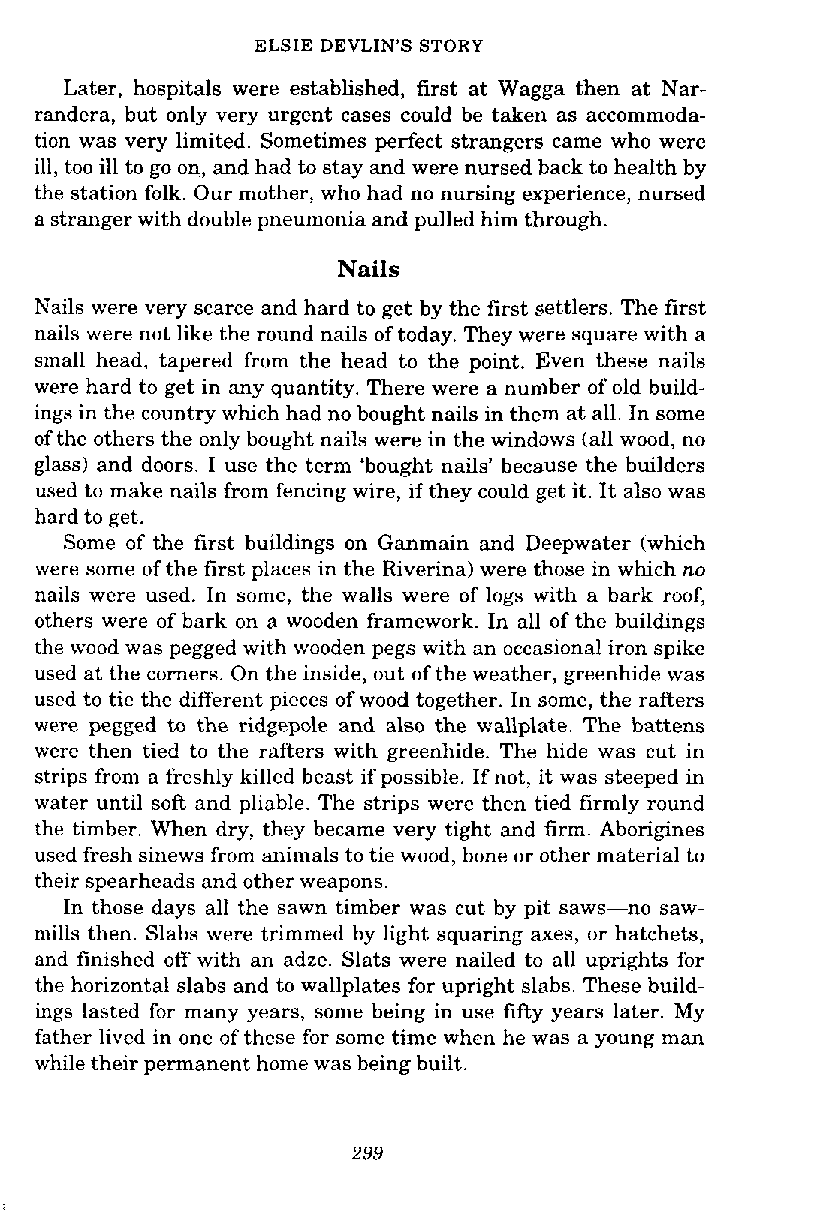
ELSIE DEVLIN'S STORY
 Later, hospitals were established, first at Wagga then at Nar-
 randera, but only very urgent cases could be taken as accommoda-
 tion was very limited. Sometimes perfect strangers came who were
 ill, too ill to go on, and had to stay and were nursed back to health by
 the station folk. Our mother, who had no nursing experience, nursed
 a stranger with double pneumonia and pulled him through.
 Nails
 Nails were very scarce and hard to get by the first settlers. The first
 nails were not like the round nails of today. They were square with a
 small head, tapered from the head to the point. Even these nails
 were hard to get in any quantity. There were a number of old build-
 ings in the country which had no bought nails in them at all. In some
 of the others the only bought nails were in the windows (all wood, no
 glass) and doors. I use the term 'bought nails' because the builders
 used to make nails from fencing wire, if they could get it. It also was
 bard to get.
 Some of the first buildings on Ganmain and Deepwater (which
 were some of the first places in the Riverina) were those in which no
 nails were used. In some, the walls were of logs with a bark roof,
 others were of bark on a wooden framework. In all of the buildings
 the wood was pegged with wooden pegs with an occasional iron spike
 used at the corners. On the inside, out of the weather, greenhide was
 used to tie the different pieces of wood together. In some, the rafters
 were pegged to the ridgepole and also the wallplate. The battens
 were then tied to the rafters with greenhide. The hide was cut in
 strips from a freshly killed beast if possible. If not, it was steeped in
 water until soft and pliable. The strips were then tied firmly round
 the timber. When dry, they became very tight and firm. Aborigines
 used fresh sinews from animals to tie wood, bone or other material to
 their spearheads and other weapons.
 In those days all the sawn timber was cut by pit saws-no saw-
 mills then. Slabs were trimmed by light squaring axes, or hatchets,
 and finished off with an adze. Slats were nailed to all uprights for
 the horizontal slabs and to wallplates for upright slabs. These build-
 ings lasted for many years, some being in use fifty years later. My
 father lived in one of these for some time when he was a young man
 while their permanent home was being built.